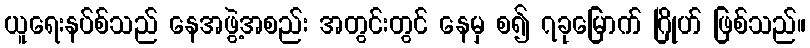
ယူရေးနပ်စ်သည် နေအဖွဲ့အစည်း အတွင်းတွင် နေမှ စ၍ ၇ခုမြောက် ဂြိုဟ် ဖြစ်သည်။